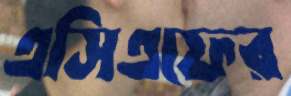
এসিএফের